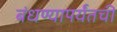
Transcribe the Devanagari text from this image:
बंधण्यापर्यंतची